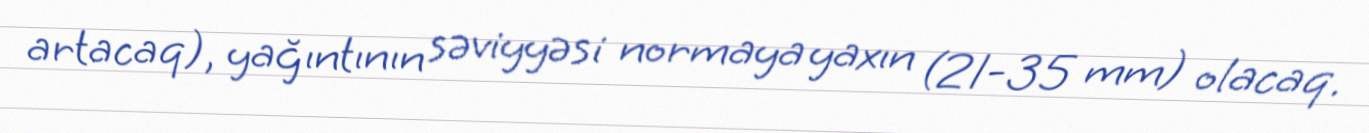
artacaq), yağıntının səviyyəsi normaya yaxın (21-35 mm) olacaq.